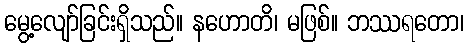
မွေ့လျော်ခြင်းရှိသည်။ နဟောတိ၊ မဖြစ်။ ဘဿရတော၊